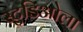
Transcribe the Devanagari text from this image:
स्टुडिओला